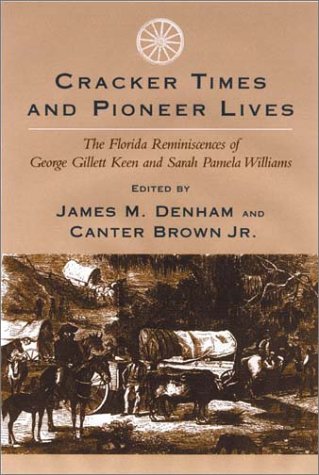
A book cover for Cracker Times and Pioneer Lives: The Florida Reminiscences of George Gillett Keen and Sarah Pamela Williams; Humor & Entertainment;